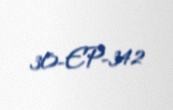
30-EP-342